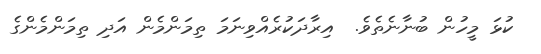
ކުޅަ މީހުން ބުނާނެތެވެ.  އިރާދަކުރެއްވިނަމަަ ތިމަންމެން އަދި ތިމަންމެންގެ